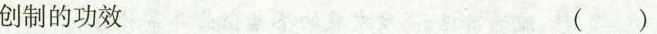
创制的功效（）